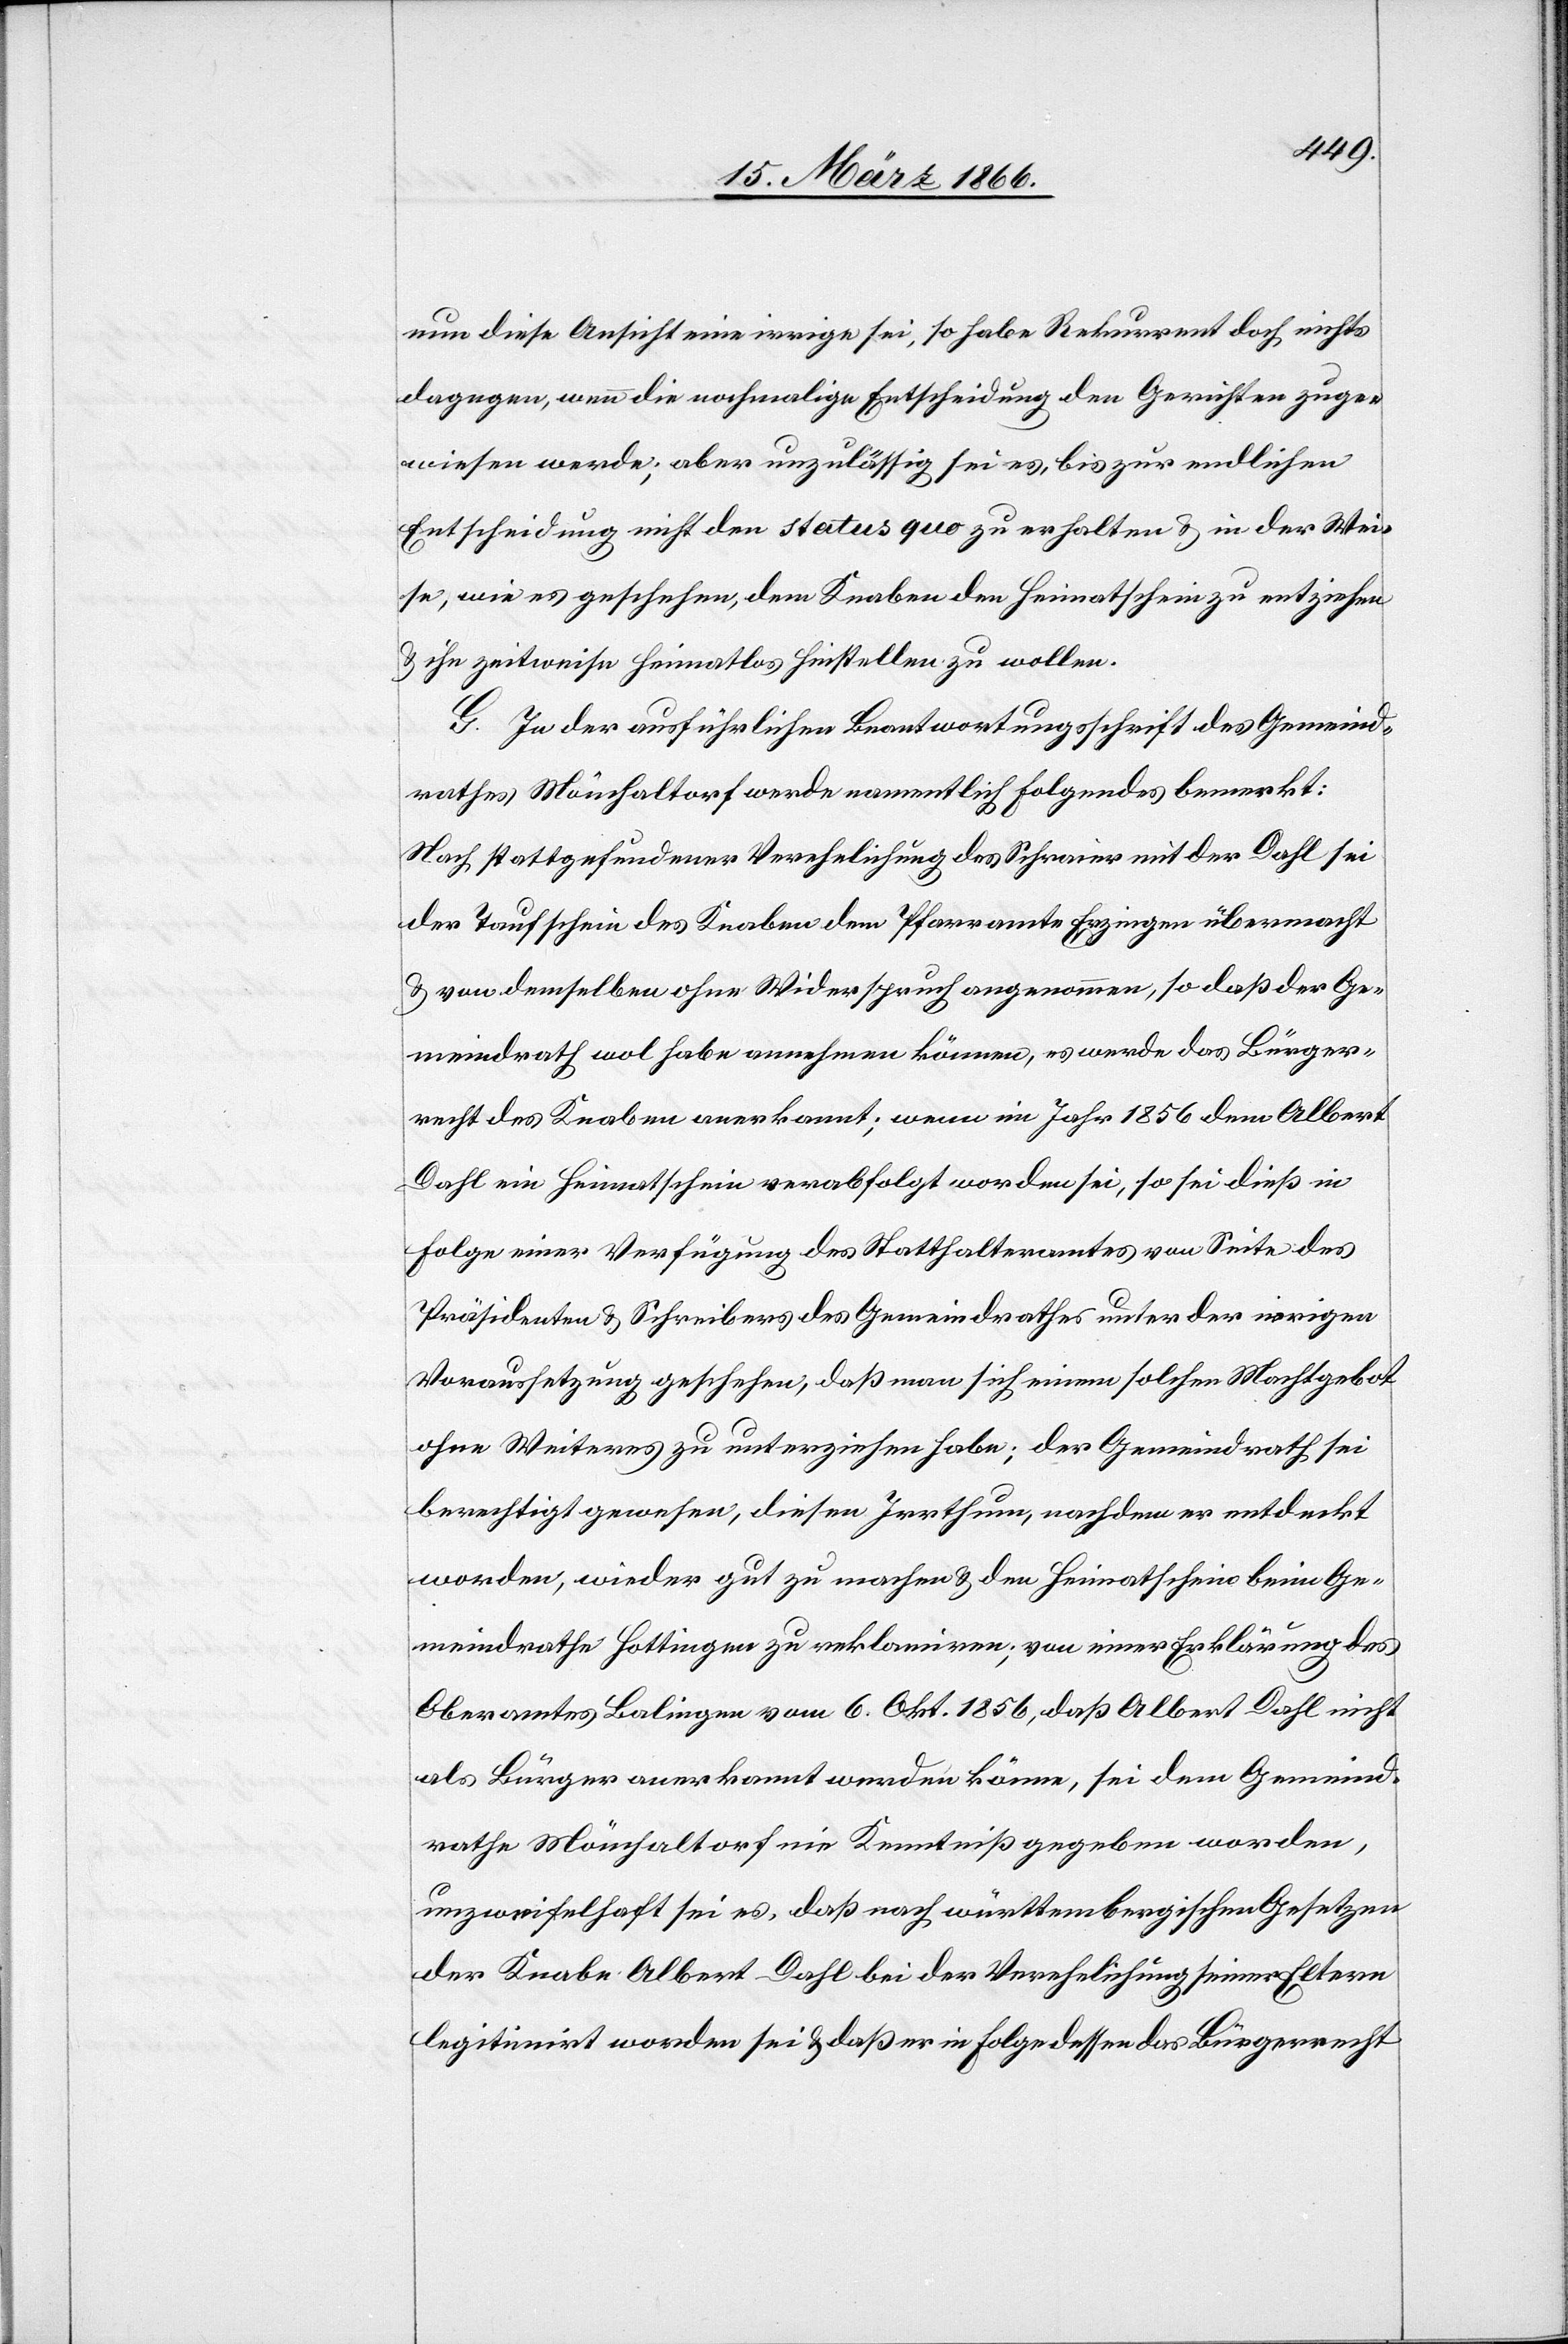
nun diese Ansicht eine irrige sei, so habe Rekurrent doch nichts
dagegen, wenn die nochmalige Entscheidung den Gerichten zuge¬
wiesen werde; aber unzulässig sei es, bis zur endlichen
Entscheidung nicht den status quo zu erhalten u. in der Wei¬
se, wie es geschehen, dem Knaben den Heimatschein zu entziehen
u. ihn zeitweise heimatlos hinstellen zu wollen.
G. In der ausführlichen Beantwortungsschrift des Gemeind¬
rathes Mönchaltorf werde namentlich folgendes bemerkt:
Nach stattgefundener Verehlichung des Schraier [sic!] mit der Dahl sei
der Taufschein des Knaben dem Pfarramte Erzingen übermacht
u. von demselben ohne Widerspruch angenommen, so daß der Ge¬
meindrath wol habe annehmen können, es werde das Bürger¬
recht des Knaben anerkannt; wenn im Jahr 1856 dem Albert
Dahl ein Heimatschein verabfolgt worden sei, so sei dieß in
Folge einer Verfügung des Statthalteramtes von Seite des
Präsidenten u. Schreibers des Gemeindrathes unter der irrigen
Voraussetzung geschehen, daß man sich einem solchen Machtgebot
ohne Weiteres zu unterziehen habe; der Gemeindrath sei
berechtigt gewesen, diesen Irrthum, nachdem er entdeckt
worden, wieder gut zu machen u. den Heimatschein beim Ge¬
meindrathe Hottingen zu reklamiren; von einer Erklärung des
Oberamtes Balingen vom 6. Okt. 1856, daß Albert Dahl nicht
als Bürger anerkannt werden könne, sei dem Gemeind¬
rathe Mönchaltorf nie Kenntniß gegeben worden,
unzweifelhaft sei es, daß nach württembergischen Gesetzen
der Knabe Albert Dahl bei der Verehelichung seiner Eltern
legitimirt worden sei u. daß er in Folge dessen das Bürgerrecht